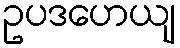
ဥပဒဟေယျ